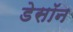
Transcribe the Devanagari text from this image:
डेसॉन